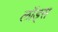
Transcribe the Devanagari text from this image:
लॉड्स